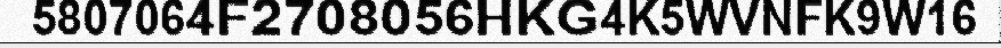
5807064F2708056HKG4K5WVNFK9W16